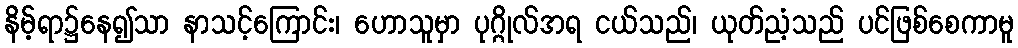
နိမ့်ရာ၌နေ၍သာ နာသင့်ကြောင်း၊ ဟောသူမှာ ပုဂ္ဂိုလ်အရ ငယ်သည်၊ ယုတ်ညံ့သည် ပင်ဖြစ်စေကာမူ